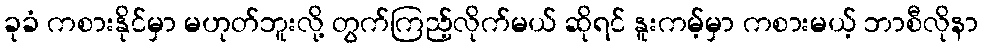
ခုခံ ကစားနိုင်မှာ မဟုတ်ဘူးလို့ တွက်ကြည့်လိုက်မယ် ဆိုရင် နူးကမ့်မှာ ကစားမယ့် ဘာစီလိုနာ